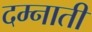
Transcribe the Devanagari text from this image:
दम्नाती